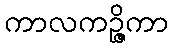
ကာလကဉ္ဇိကာ